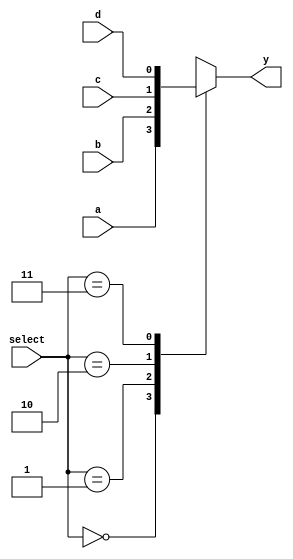
`timescale 1ns / 1ps
////////////////////////////////////////////////////////////////////////////////// 
// Module Name: xup_4_to_1_mux
//////////////////////////////////////////////////////////////////////////////////
module xup_4_to_1_mux #(parameter DELAY = 3)(
    input a,
    input b,
    input c,
    input d,
    input [1:0] select,
    output y
    );
    reg data;
    
    always @(*) begin
        case(select)
            2'b00 : data <= a;
            2'b01 : data <= b;
            2'b10 : data <= c;
            2'b11 : data <= d;
            default : data <= a;
        endcase
    end
    
    assign #DELAY y = data;
        
endmodule